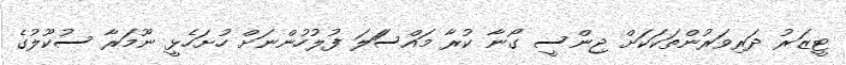
ޓީޒަރު ދަރިވަރުންތަކަކަށް ޖިންސީ ގޯނާ ކުރާ މައްސަަލަ ފުލުހުންނަށް ހުށަހެޅީ ނޫމަރާ ސުކޫލުގެ